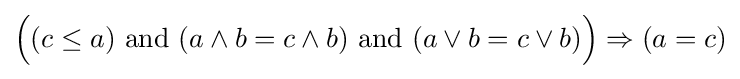
{\Big (}(c\leq a){\text{ and }}(a\wedge b=c\wedge b){\text{ and }}(a\vee b=c\vee b){\Big )}\Rightarrow (a=c)